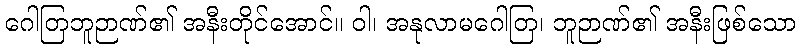
ဂေါတြဘူဉာဏ်၏ အနီးတိုင်အောင်။ ဝါ၊ အနုလာမဂေါတြ၊ ဘူဉာဏ်၏ အနီးဖြစ်သော